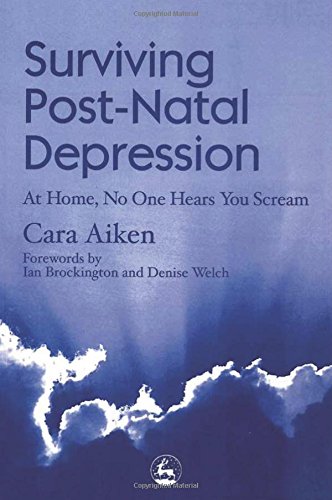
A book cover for Surviving Post-Natal Depression: At Home, No One Hears You Scream; Cara Aiken; Health, Fitness & Dieting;